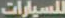
للسيارات